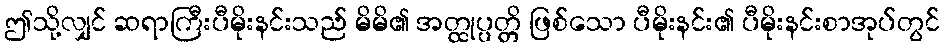
ဤသို့လျှင် ဆရာကြီးပီမိုးနင်းသည် မိမိ၏ အတ္ထုပ္ပတ္တိ ဖြစ်သော ပီမိုးနင်း၏ ပီမိုးနင်းစာအုပ်တွင်